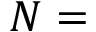
N =